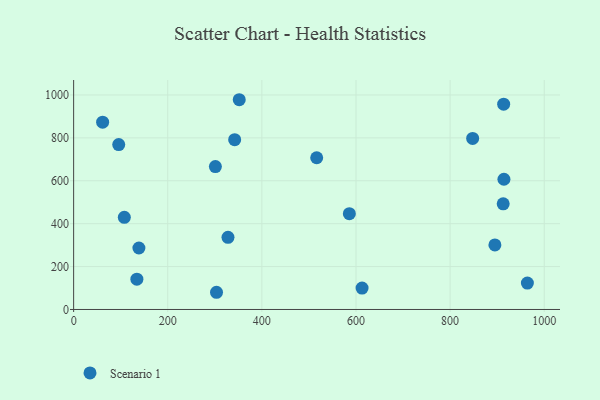
{"axis": {"x": "Speed", "y": "Salary"}, "legend": ["Scenario 1"], "data": [{"x": "516.5", "y": 707.3, "type": "Scenario 1"}, {"x": "328.0", "y": 336.6, "type": "Scenario 1"}, {"x": "585.9", "y": 446.5, "type": "Scenario 1"}, {"x": "913.8", "y": 957.3, "type": "Scenario 1"}, {"x": "134.4", "y": 141.5, "type": "Scenario 1"}, {"x": "914.4", "y": 607.1, "type": "Scenario 1"}, {"x": "612.9", "y": 99.9, "type": "Scenario 1"}, {"x": "351.9", "y": 977.9, "type": "Scenario 1"}, {"x": "303.6", "y": 80.2, "type": "Scenario 1"}, {"x": "61.6", "y": 873.4, "type": "Scenario 1"}, {"x": "138.7", "y": 286.6, "type": "Scenario 1"}, {"x": "895.2", "y": 301.0, "type": "Scenario 1"}, {"x": "301.2", "y": 666.4, "type": "Scenario 1"}, {"x": "342.2", "y": 791.6, "type": "Scenario 1"}, {"x": "95.8", "y": 768.9, "type": "Scenario 1"}, {"x": "847.9", "y": 797.7, "type": "Scenario 1"}, {"x": "912.8", "y": 492.6, "type": "Scenario 1"}, {"x": "107.7", "y": 429.5, "type": "Scenario 1"}, {"x": "964.2", "y": 123.0, "type": "Scenario 1"}]}